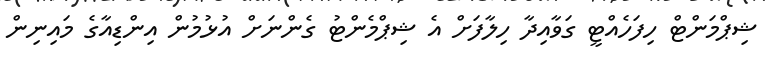
ޝިޕްމަންޓް ހިފަހެއްޓީ ގަވާއިދާ ހިލާފަށް އެ ޝިޕްމެންޓު ގެންނަށް އުޅުމުން އިންޑިއާގެ މައިނިން